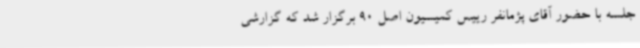
جلسه با حضور آقای پژمانفر رییس کمیسیون اصل 90 برگزار شد که گزارشی